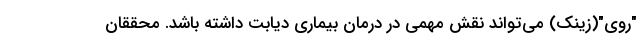
"روی"(زینک) می‌تواند نقش مهمی در درمان بیماری دیابت داشته باشد. محققان